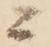
ニ